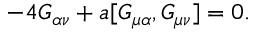
- 4 G _ { \alpha \nu } + a [ G _ { \mu \alpha } , G _ { \mu \nu } ] = 0 .